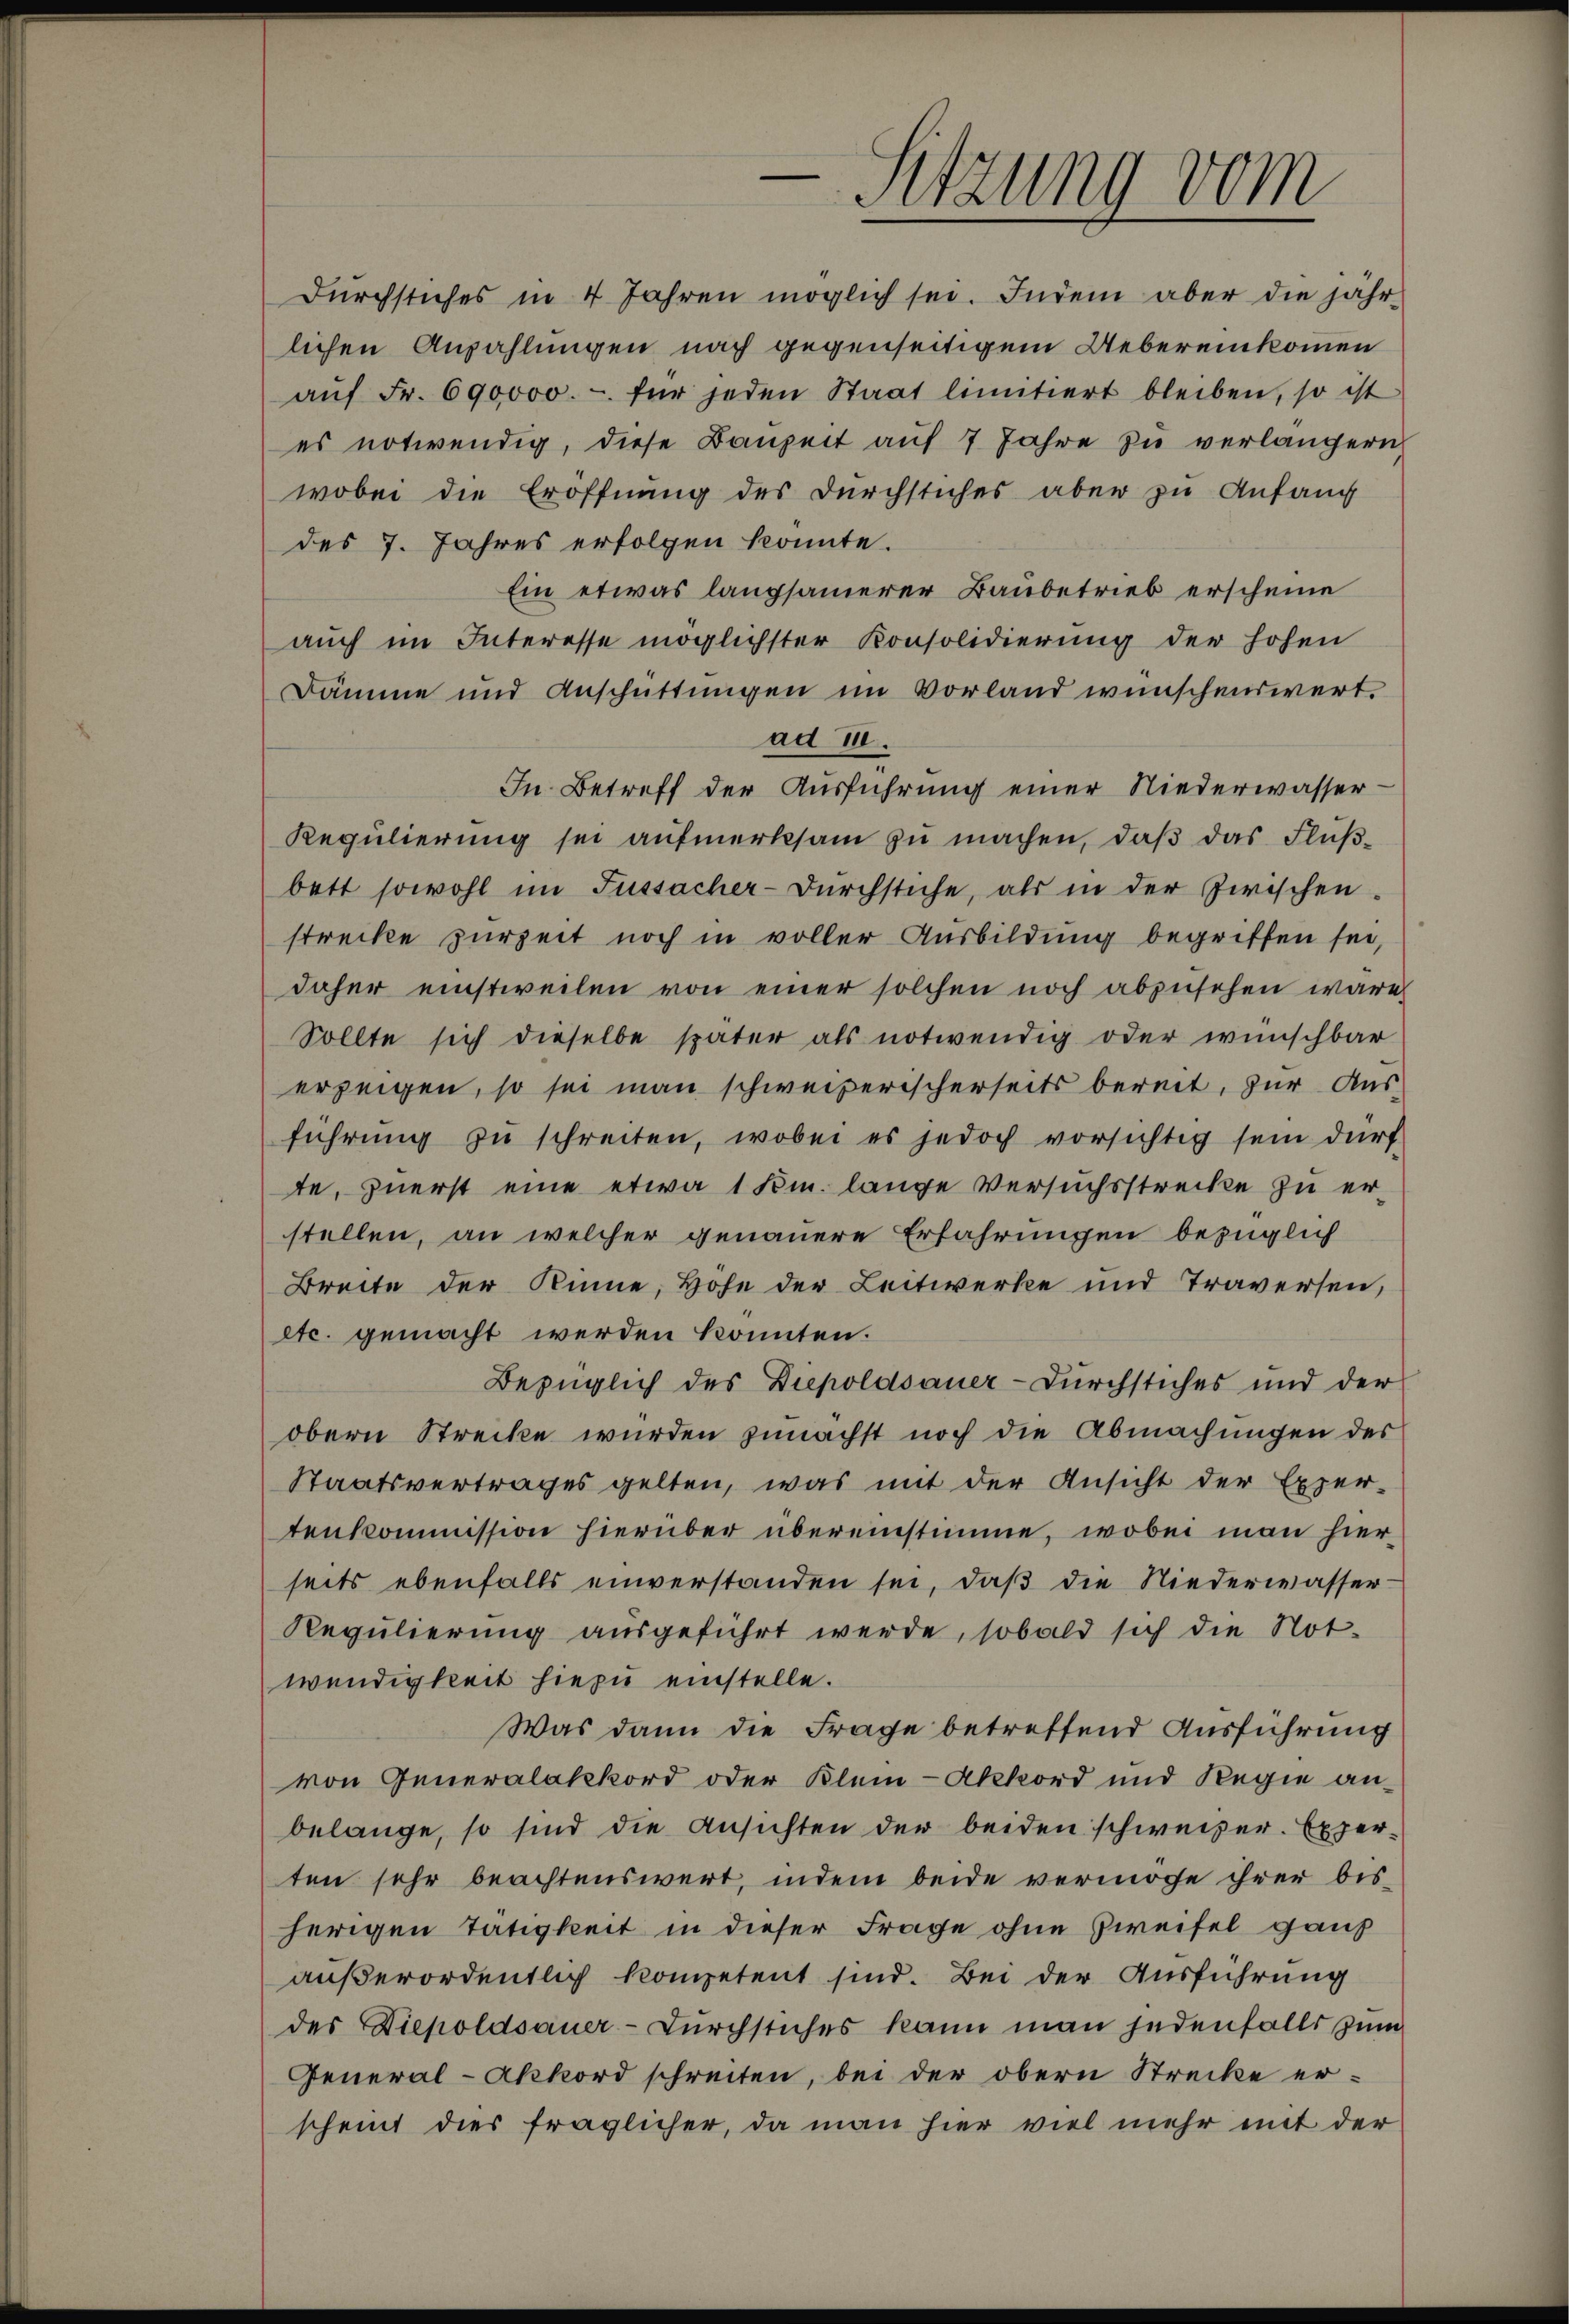
Sitzung vom

Dŭrchstiches in 4 Jahren möglich sei. Indem aber die jähr
lichen Anzahlungen nach gegenseitigem Uebereinkommen
aŭf Fr. 690000.- für jeden Staat limitiert bleiben, so ist
es notwendig, diese Bauzeit auf 7 Jahre zu verlängern,
wobei die Eröffnung des durchstiches aber zu Anfang
des 7. Jahres erfolgen könnte.
Ein etwas langsamerer Baubetrieb erscheine
aŭch im Interesse möglichster Konsolidierung der hohen
Dämme und Anschüttungen im Vorland wünschenswert.
ad II.
In Betreff der Ausführung einer Niederwasser¬
Regulierung sei aufmerksam zu machen, daß das Flußbett sowohl im Fussacher-Dŭrchstiche, als in der zwischen.
strecke zurzeit noch in voller Ausbildung begriffen sei,
daher einstweilen von einer solchen noch abzŭsehen wäre
Sollte sich dieselbe später als notwendig oder wünschbar
erzeigen, so sei man schweizerischerseits bereit, zur Ausführŭng zŭ schreiten, wobei es jedoch vorsichtig sein dürf
te, zuerst eine etwa 1 Fr. lange Versuchsstrecke zu erstellen, an welcher genauere Erfahrungen bezüglich
Breite der Rinne, Hohe der Leitwerke und Traversen,
etc. gemacht werden könnten.
Bezüglich des Diepoldsauer-Durchstiches und der
obern Strecke wurden zunächst noch die Abmachungen des
Staatsvertrages gelten, was mit der Ansicht der Exper-
tenkommission hierüber übereinstimme, wobei man hierseits ebenfalls einverstanden sei, daβ die Niederwasser-
Regulierung ausgeführt werde, sobald sich die Not-
wendigkeit hiezu einstelle.
Was dann die Frage betreffend Ausführung
von Generalakkord oder Klein-Akkord und Regie anbelange, so sind die Ansichten der beiden schweizer. Experten sehr beachtenswert, indem beide vermöge ihrer bisherigen Tätigkeit in dieser Frage ohne Zweifel ganz
außerordentlich kompetent sind. Bei der Ausführung
des Diepoldsauer-Durchstiches kann man jedenfalls zum
General-Akkord schreiten, bei der obern Strecke er-
scheint dies fraglicher, da man hier viel mehr mit der